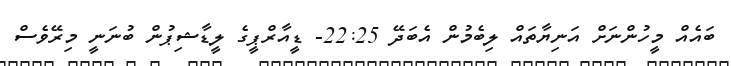
ބައެއް މީހުންނަށް އަނިޔާތައް ލިބެމުން އެބަދޭ 22:25- ޑީއާރްޕީގެ ލީޑާޝިޕުން ބުނަނީ މިރޭވެސް